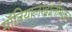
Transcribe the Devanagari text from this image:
माँत्रियालखालोखाल